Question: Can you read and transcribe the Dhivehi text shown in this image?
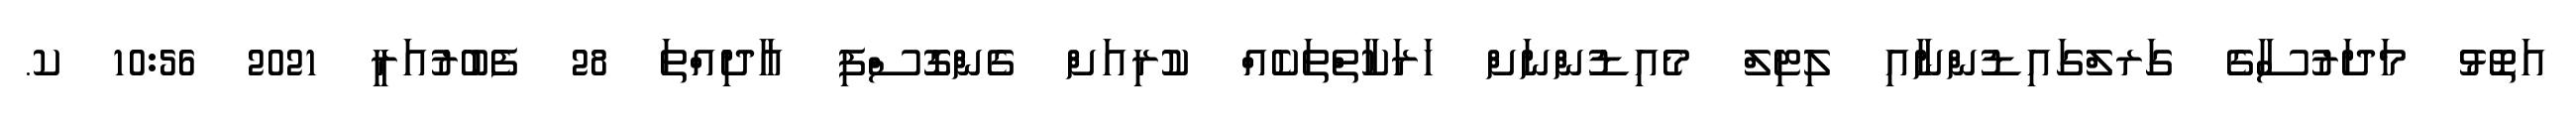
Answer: އަތޮޅު މަދަރުސާގެ ގަރލްގައިޑުންނާއި ލިޓިލް މެއިޑުންނަށް ހަރަކާތްތަކެއް ކުރިއަށް ގެންގޮސްފި އާދިއްތަ 28 ފެބުރުއަރީ 2021 10:56 ކ.